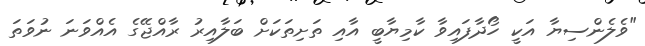
"ވެލެންސިޔާ އަކީ ހޯދާފައިވާ ކާމިޔާބީ އާއި ތަށިތަކަށް ބަލާއިރު ރާއްޖޭގެ އެއްވަނަ ނުވަތަ